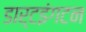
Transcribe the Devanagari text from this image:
डार्टइंगटन